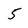
Character: 5